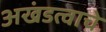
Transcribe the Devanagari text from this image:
अखंडत्वाचे